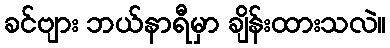
ခင်ဗျား ဘယ်နာရီမှာ ချိန်းထားသလဲ။